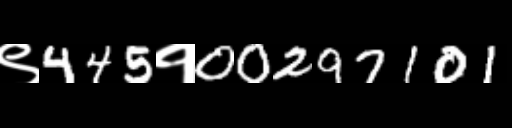
Text: ९445१00297101